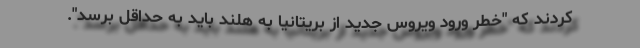
کردند که "خطر ورود ویروس جدید از بریتانیا به هلند باید به حداقل برسد".